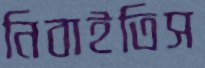
নিবাইতিস